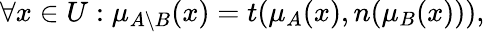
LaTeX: \forall x\in{U}:\mu_{A\setminus{B}}(x)=t(\mu_{A}(x),n(\mu_{B}(x))),